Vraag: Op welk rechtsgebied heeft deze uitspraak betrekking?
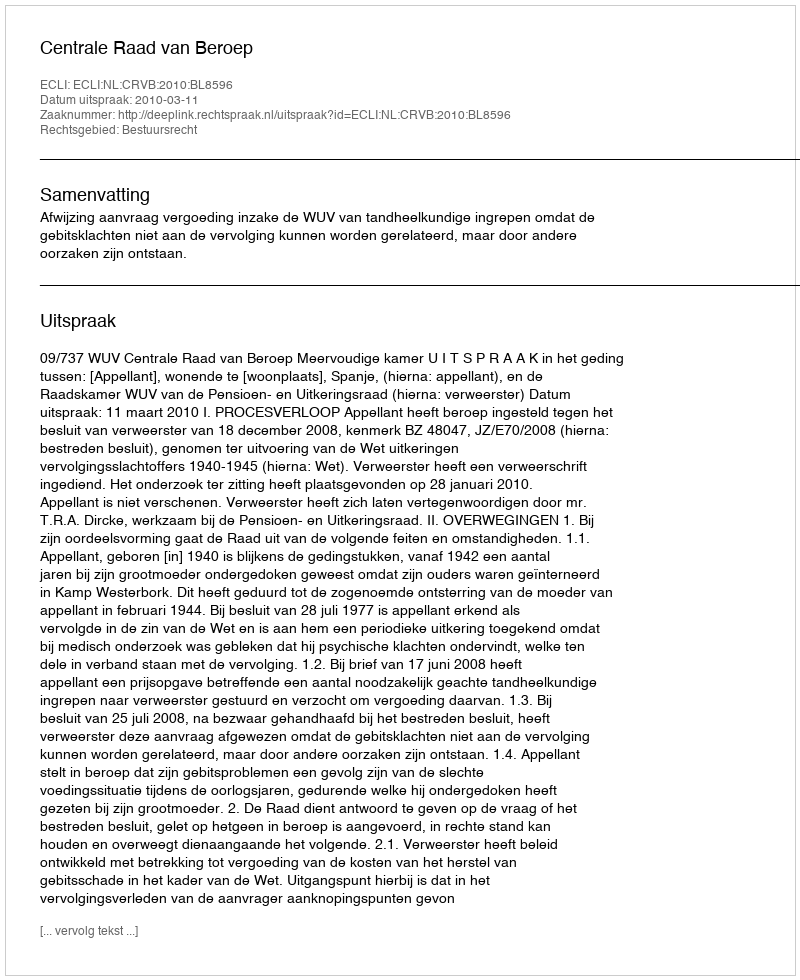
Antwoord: Bestuursrecht